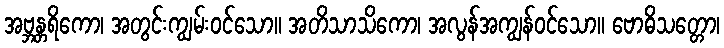
အဗ္ဘန္တရိကော၊ အတွင်းကျွမ်းဝင်သော။ အတိသာသိကော၊ အလွန်အကျွန်ဝင်သော။ ဗောဓိသတ္တော၊